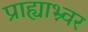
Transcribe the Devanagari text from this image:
प्राह्याभ्न्वर